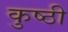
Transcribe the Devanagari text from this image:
कुष्ठी